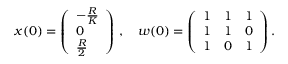
x ( 0 ) = \left( \begin{array} { l } { - \frac { R } { K } } \\ { 0 } \\ { \frac { R } { 2 } } \end{array} \right) \, , \quad w ( 0 ) = \left( \begin{array} { l l l } { 1 } & { 1 } & { 1 } \\ { 1 } & { 1 } & { 0 } \\ { 1 } & { 0 } & { 1 } \end{array} \right) .